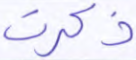
ذكرت